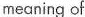
meaning of